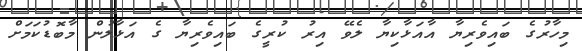
މިހާރުގެ ބައިވެރިޔާ އާއަޅާކިޔާ ލެވޭ އިރު ކުރީގެ ބައިވެރިޔާ ގެ އަޅާލުން މާބޮޑުކަމަށް